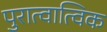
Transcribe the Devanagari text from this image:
पुरात्वात्विक